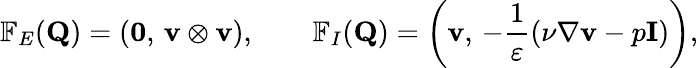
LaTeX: \mathbb{F}_{E}(\mathbf{Q})=\left(\mathbf{0},\, \mathbf{v}\otimes\mathbf{v}\right),\qquad\mathbb{F}_{I}(\mathbf{Q})=\left(\mathbf{v},\, -\frac 1{\varepsilon}\left(\nu\nabla\mathbf{v}-p\mathbf{I}\right)\right),